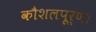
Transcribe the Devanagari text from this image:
कौशलपूर्ण।